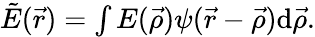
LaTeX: \begin{array}{r}{\tilde{E}(\vec{r})=\int E(\vec{\rho})\psi(\vec{r}-\vec{\rho})\mathrm{d}\vec{\rho}.}\end{array}